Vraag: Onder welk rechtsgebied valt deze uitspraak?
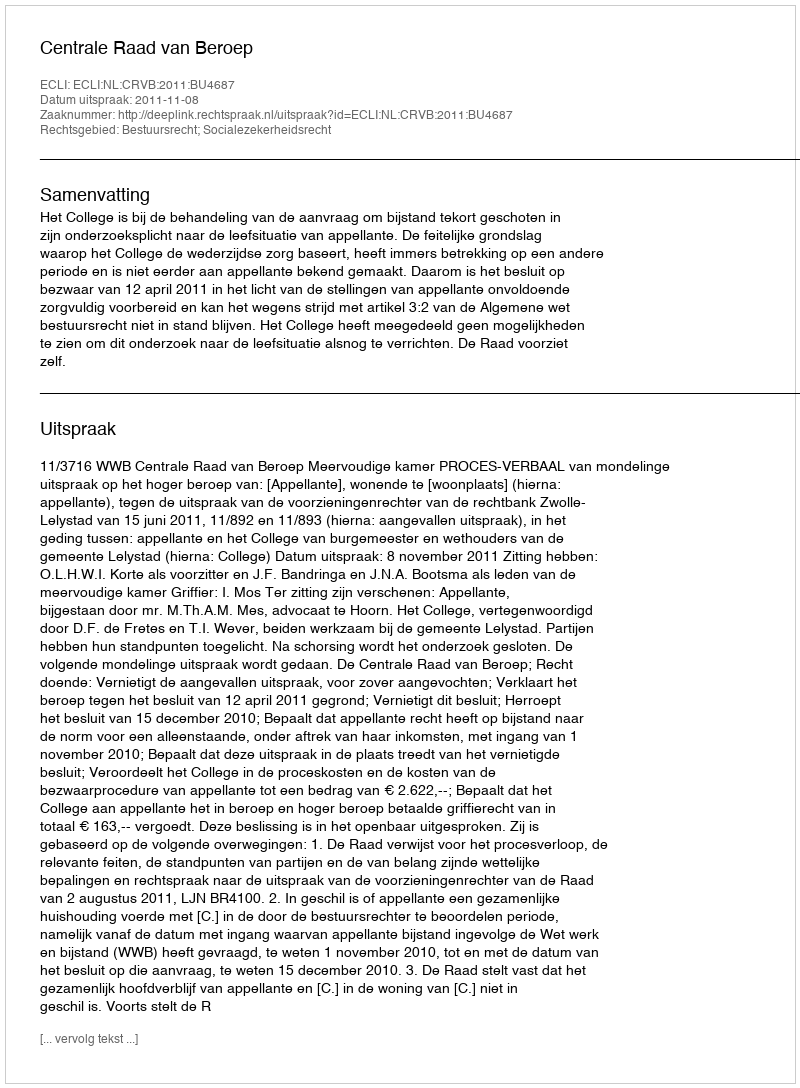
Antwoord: Bestuursrecht; Socialezekerheidsrecht